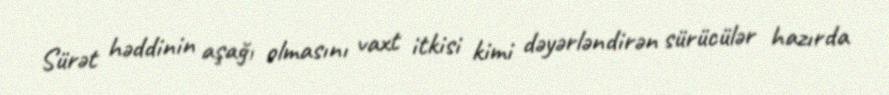
Sürət həddinin aşağı olmasını vaxt itkisi kimi dəyərləndirən sürücülər hazırda